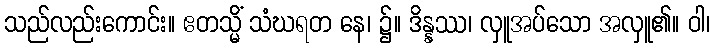
သည်လည်းကောင်း။ ဧတသ္မိံ သံဃရတ နေ၊ ၌။ ဒိန္နဿ၊ လှူအပ်သော အလှူ၏။ ဝါ၊